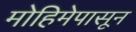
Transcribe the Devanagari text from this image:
मोहिमेपासून